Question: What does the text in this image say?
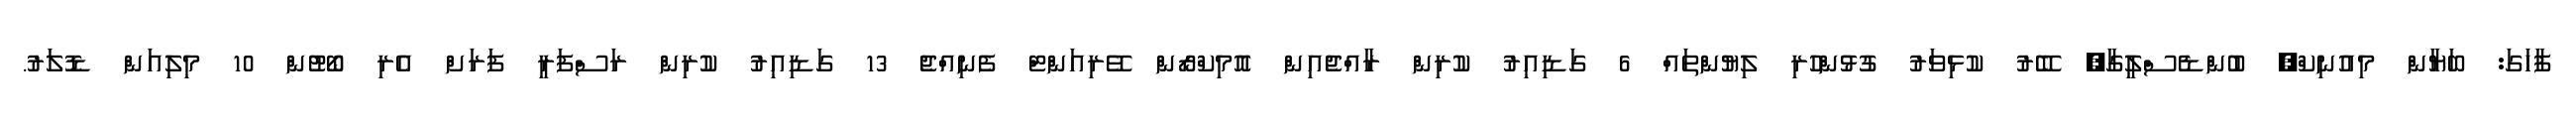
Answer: ފާހަގަ: ބަޔާން މިއުނިކް, ބުންޑެސްލީގާ, ބޭރު ކުޅިވަރު ގުޅުންހުރި ލިޔުންތައް 6 ގަޑިއިރު ކުރިން ރާއްޖެއިން އޮމިކްރޯން ވޭރިއަންޓް ފެނިއްޖެ 13 ގަޑިއިރު ކުރިން ރަސްފަރީ ފަރަށް އެރި ބޯޓުން 10 މިލިއަން ޑޮލަރު.